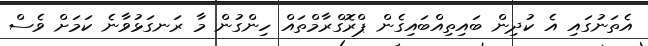
އެތަނުގައި އެ ކުދިން ބައިތިއްބައިގެން ޕްރޮގްރާމްތައް ހިންގުން މާ ރަނގަޅުވާނެ ކަމަށް ވެސް